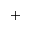
^ { + }